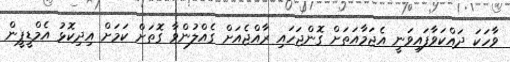
ވާހަކަ ދައްކަވާފައިވަނީ އެޖަމާއަތަށް ގޮންޖަހައި ރާއްޖެއަށް ގެއްލުންވާ ގޮތަށް ކަމަށް އިދިކޮޅު އެމްޑީޕީން